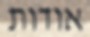
אודות